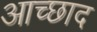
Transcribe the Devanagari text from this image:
आच्छाद